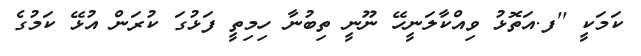
ކަމަކީ ''ފ.އަތޮޅު ވިއްކާލަނީހޭ ނޫނީ ތިބުނާ ހިމިތީ ފަޅުގަ ކުރަން އުޅޭ ކަމުގެ